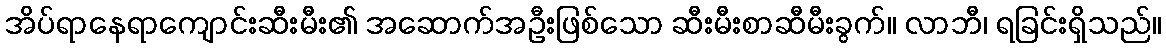
အိပ်ရာနေရာကျောင်းဆီးမီး၏ အဆောက်အဦးဖြစ်သော ဆီးမီးစာဆီမီးခွက်။ လာဘီ၊ ရခြင်းရှိသည်။